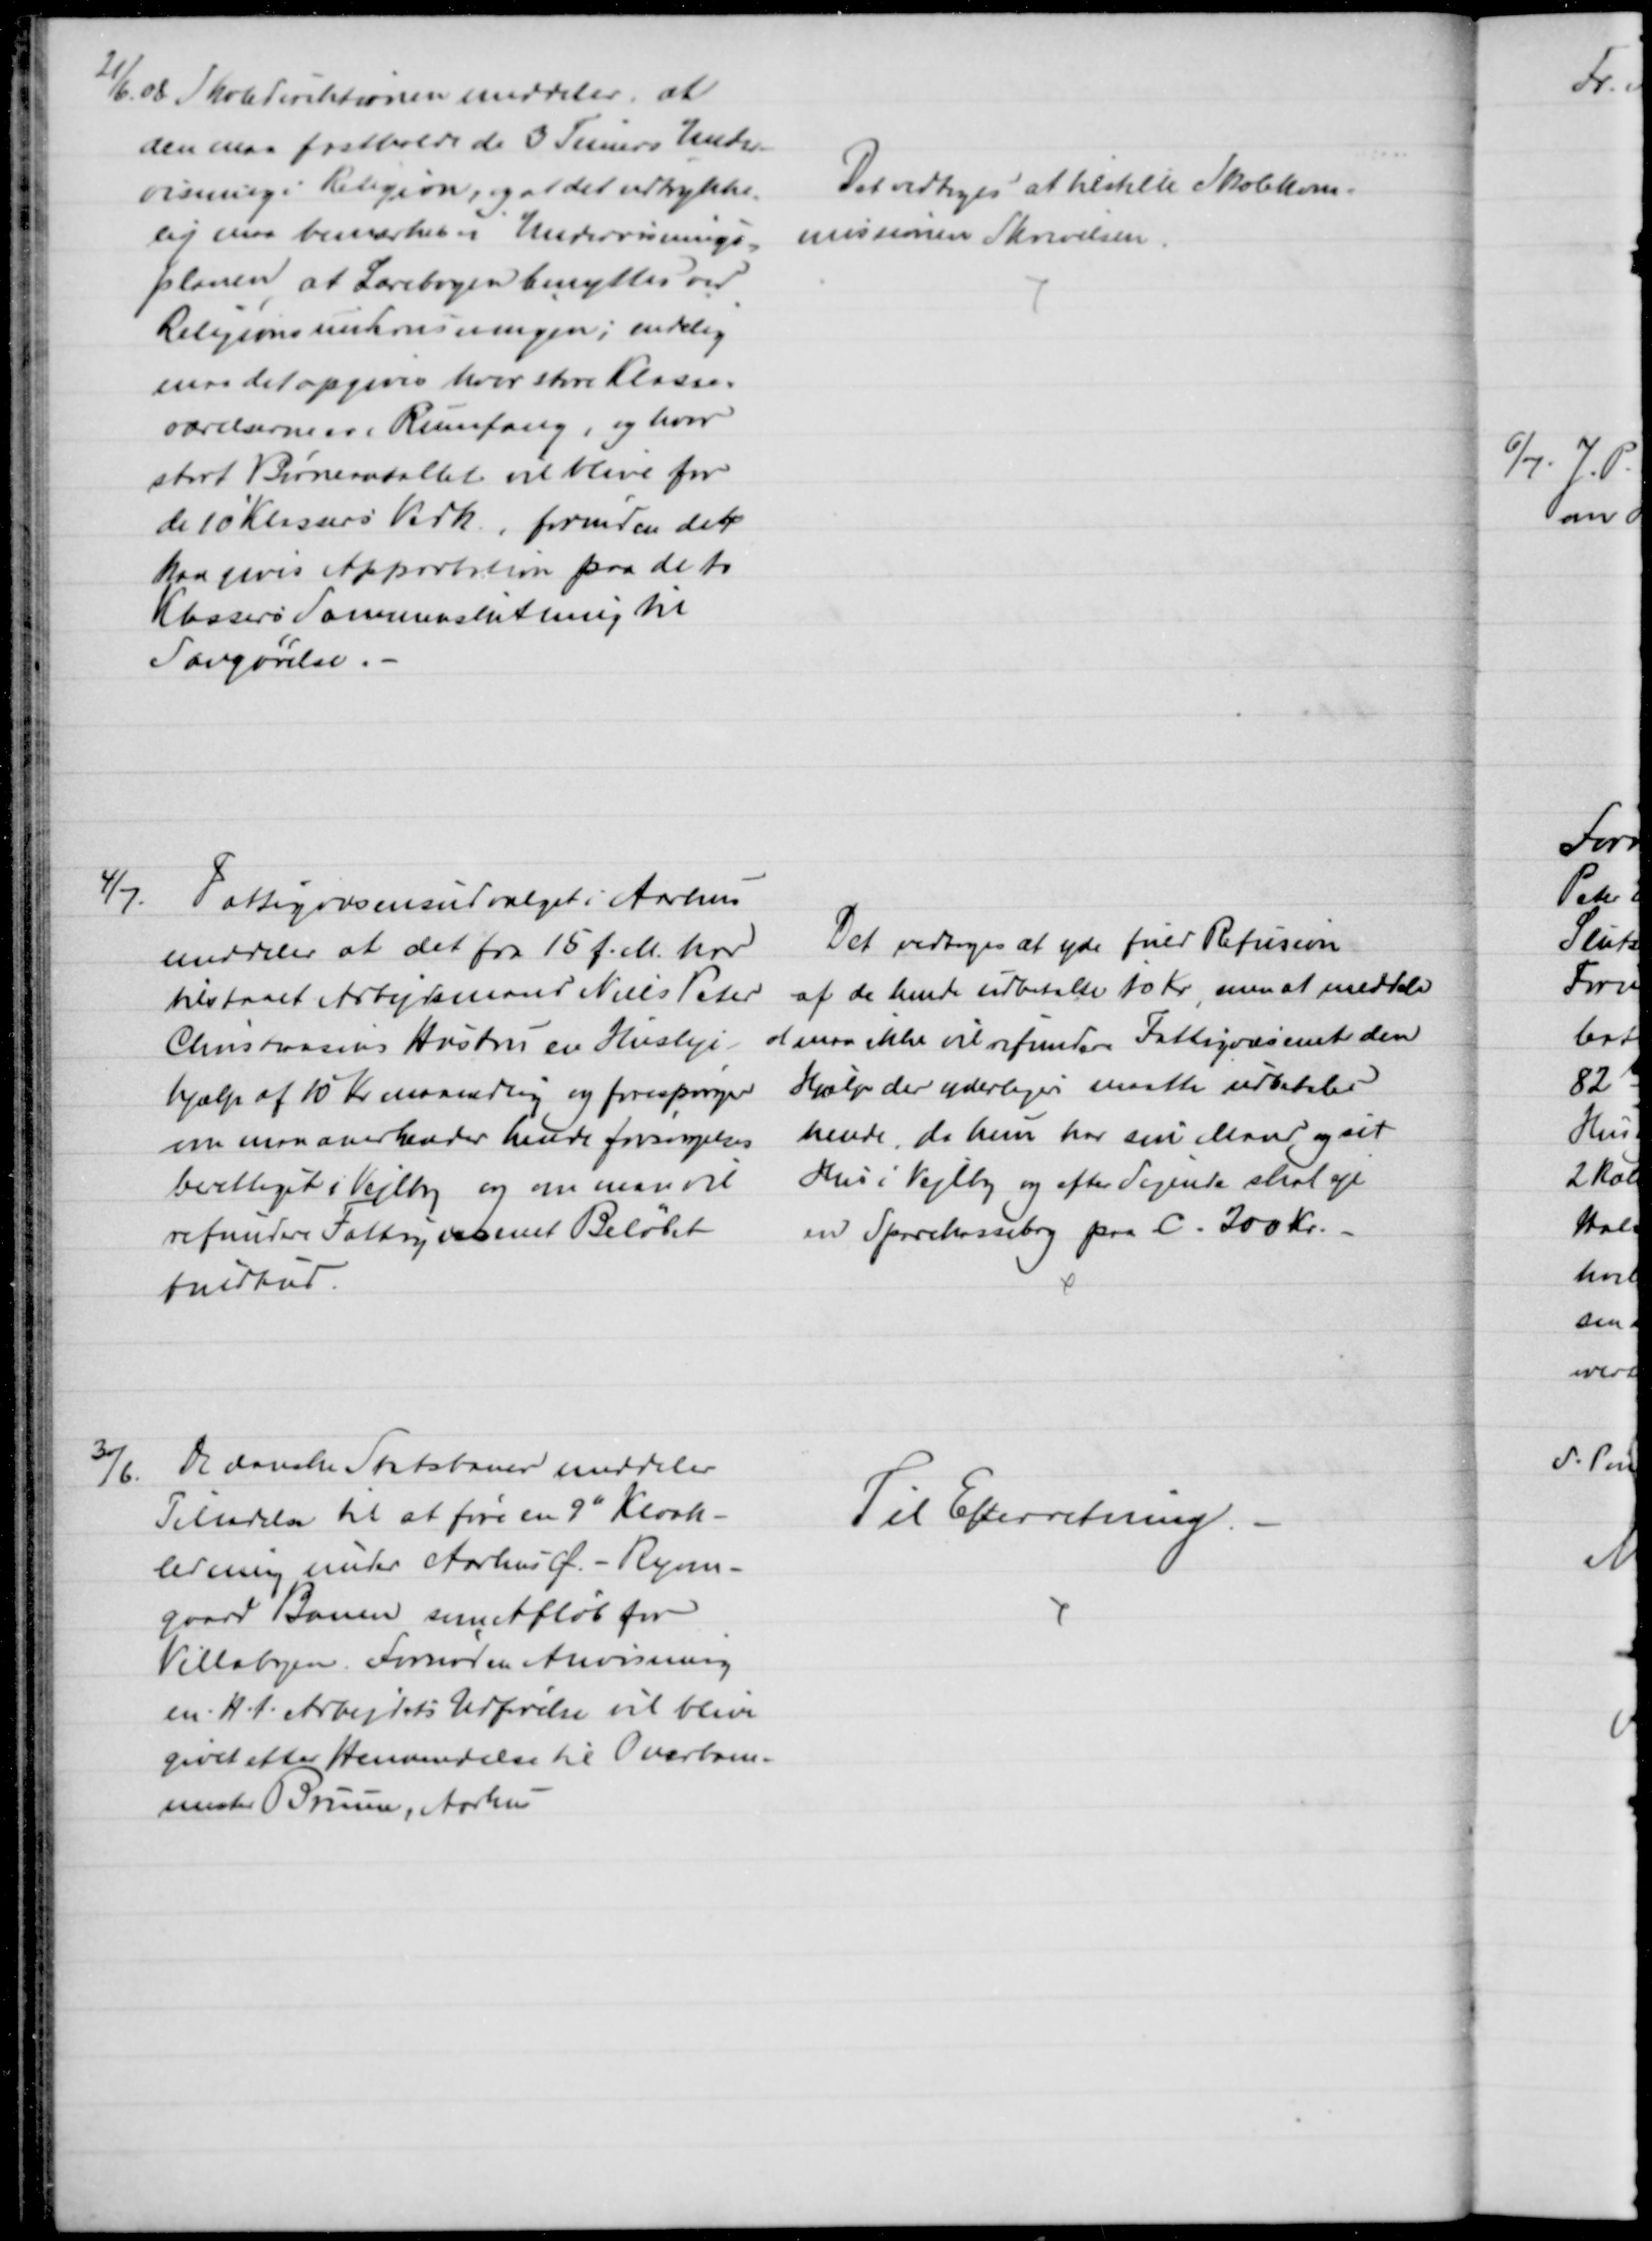
Transskription:
21/6. 08 Skoledirektionen meddeler, at
den maa fastholde de 3 Timers Under-
visning i Religion, og at det udtrykke-
lig maa bemærkes i Undervisnings-
planen, at Lærebogen benyttes ved
Religionsundervisningen; endelig
maa det opgives hvor store Klasse=
værelserne er i Rumfang, og hvor
stort Børneantallet vil blive for
de 10 Klassers Vedk., forinden der
kan gives Approbation paa de to
Klassers Sammenslutning til
Sangøvelse.
Det vedtoges at tilstille Skolekom-
missionen Skrivelsen
4/7. 
Fattigvæsensudvalget i Aarhus
meddeler at det fra 15 f.M. har
tilstaaet Arbejdsmand Niels Peter
Christiansens Hustru en Husleje-
hjælp af 10 Kr maanedlig og forespørger
om man anerkender hende forsørgelses
berettiget i Vejlby og om man vil
refundere Fattigvæsenet Beløbet
fuldtud.
Det vedtoges at yde fuld Refusion
af de hende udbetalte 10 Kr, men at meddele
at man ikke vil refundere Fattigvæsenet den
Hjælp der yderligere maatte udbetales
hende, da hun har sin Mand og sit
Hus i Vejlby og efter Sigende skal eje
en Sparekassebog paa C. 200 Kr.
3/6.
De danske Statsbaner meddeler
Tilladelse til at føre en 9" Kloak-
ledning under Aarhus Ø. - Ryom-
gaard Banen som Afløb for
Villabyen. Fornøden Anvisning
m. H. t. Arbejdets Udførelse vil blive
givet efter Henvendelse til Overbane-
mester Bruun, Aarhus
Til Efterretning